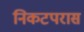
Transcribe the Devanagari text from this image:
निकटपरास